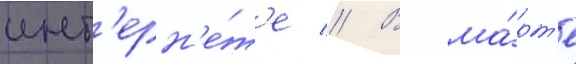
инт'ерн'е́т'е // В ма́рт'е